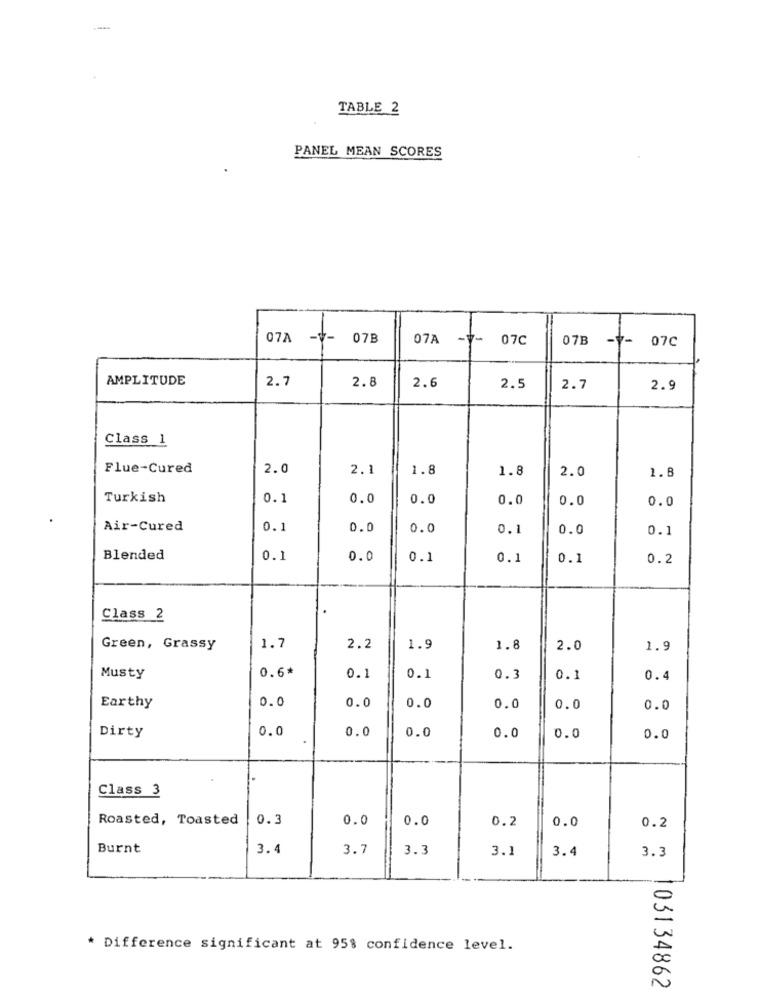
TABLE 2
PANEL MEAN SCORES
07A -V-
07B
07A
-7-
07C
07B
-7- 07C
AMPLITUDE
2.7
2.8
2.6
2.5
2.7
2.9
Class 1
Flue-Cured
2.0
2.1
1.8
1.8
2.0
1.8
Turkish
0.1
0.0
0.0
0.0
0.0
0.0
Air-Cured
0.1
0.0
0.0
0.1
0.0
0.1
Blended
0.1
0.0
0.1
0.1
0.1
0.2
Class 2
Green, Grassy
1.7
2.2
1.9
1.8
2.0
1.9
0.6*
Musty
0.1
0.1
0.3
0.1
0.4
0.0
Earthy
0.0
0.0
0.0
0.0
0.0
Dirty
0.0
0.0
0.0
0.0
0.0
0.0
Class 3
Roasted, Toasted
0.3
0.0
0.0
0.2
0.0
0.2
Burnt
3.4
3.7
3.3
3.1
3.4
3.3
* Difference significant at 95% confidence level.
03134862